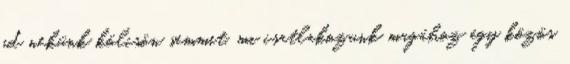
ad nekünk kölcsön semmit, mi csatlakozunk magához egy közös